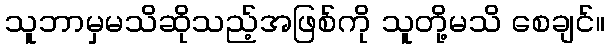
သူဘာမှမသိဆိုသည့်အဖြစ်ကို သူတို့မသိ စေချင်။